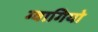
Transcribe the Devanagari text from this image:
ग्वागियो